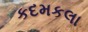
કદમકલા